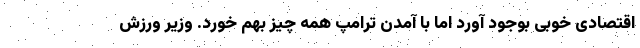
اقتصادی خوبی بوجود آورد اما با آمدن ترامپ همه چیز بهم خورد. وزیر ورزش